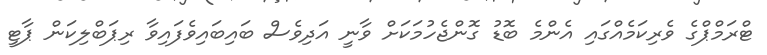
ޓްރަމްޕްގެ ވެރިކަމެއްގައި އެންމެ ބޮޑު ގޮންޖެހުމަކަށް ވާނީ އަދިވެސް ބައިބައިވެފައިވާ ރިޕަބްލިކަން ޕާޓީ